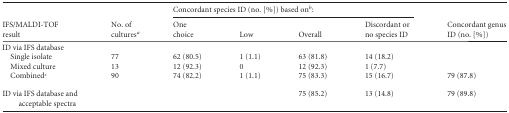
<table><thead><tr><td rowspan="2"><b>IFS/MALDI-TOFresult</b></td><td rowspan="2"><b>No. ofcultures<sup>a</sup></b></td><td colspan="4"><b>Concordant species ID (no. [%]) based on<sup>b</sup>:</b></td><td rowspan="2"><b>Concordant genusID (no. [%])</b></td></tr><tr><td><b>Onechoice</b></td><td><b>Low</b></td><td><b>Overall</b></td><td><b>Discordant orno species ID</b></td></tr></thead><tbody><tr><td>ID via IFS database</td><td></td><td></td><td></td><td></td><td></td><td></td></tr><tr><td>Single isolate</td><td>77</td><td>62 (80.5)</td><td>1 (1.1)</td><td>63 (81.8)</td><td>14 (18.2)</td><td></td></tr><tr><td>Mixed culture</td><td>13</td><td>12 (92.3)</td><td>0</td><td>12 (92.3)</td><td>1 (7.7)</td><td></td></tr><tr><td>Combined<sup>c</sup></td><td>90</td><td>74 (82.2)</td><td>1 (1.1)</td><td>75 (83.3)</td><td>15 (16.7)</td><td>79 (87.8)</td></tr><tr><td>ID via IFS database andacceptable spectra</td><td></td><td></td><td></td><td>75 (85.2)</td><td>13 (14.8)</td><td>79 (89.8)</td></tr></tbody></table>